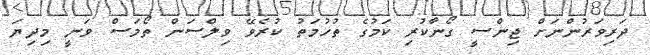
ދަރިވަރުންނަށް ޖިންސީ ގޯނާކުރި ކަަމުގެ ތުހުމަތު ކުރެވޭ ވިލްސަން ތޯމަސް ވަނީ މިދިޔަ